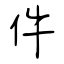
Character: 件